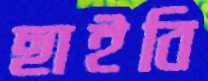
ছাইবি